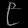
Digit: ၉